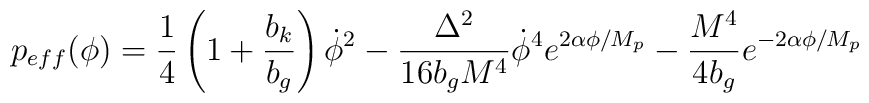
p_{eff}(\phi)=\frac{1}{4}\left(1+\frac{b_{k}}{b_{g}}\right)\dot{\phi}^{2}-\frac{\Delta^{2}}{16b_{g}M^{4}}\dot{\phi}^{4}e^{2\alpha\phi/M_{p}}- \frac{M^{4}}{4b_{g}}e^{-2\alpha\phi/M_{p}}